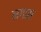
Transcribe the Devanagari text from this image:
नगास